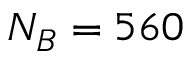
N _ { B } = 5 6 0